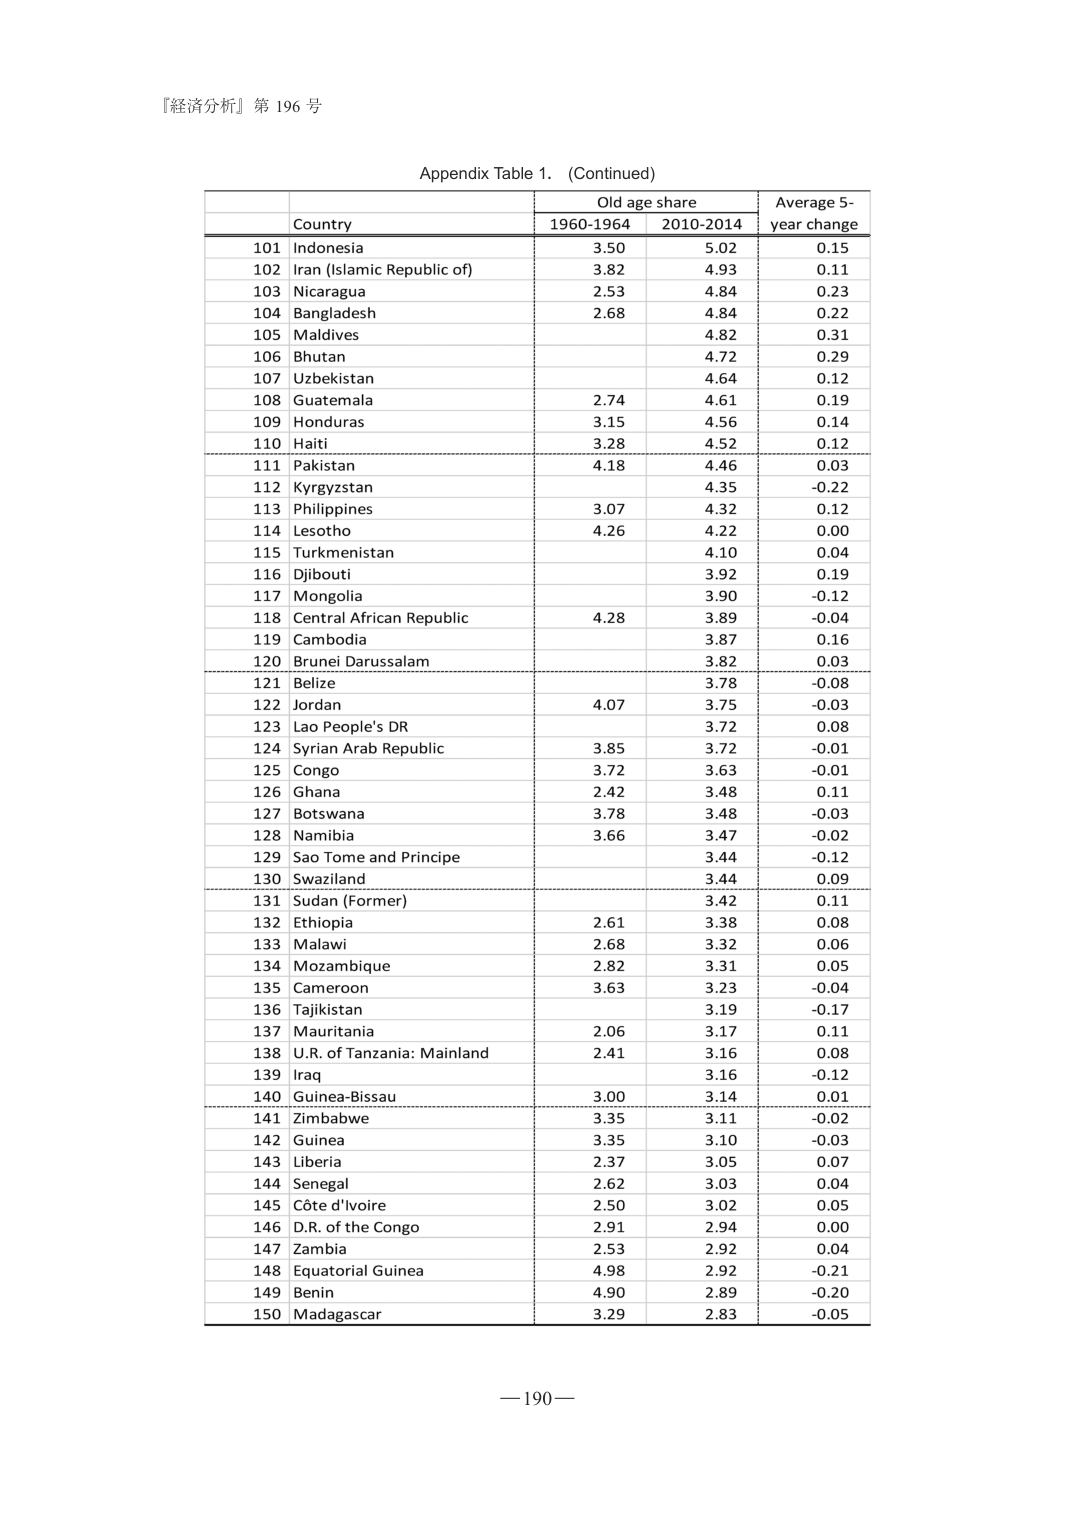
『経済分析』第 196 号

Appendix Table 1. (Continued)

| | Country | Old age share | Average 5-year change |
|---|---|---|---|
| | | 1960-1964 | 2010-2014 | |
| 101 | Indonesia | 3.50 | 5.02 | 0.15 |
| 102 | Iran (Islamic Republic of) | 3.82 | 4.93 | 0.11 |
| 103 | Nicaragua | 2.53 | 4.84 | 0.23 |
| 104 | Bangladesh | 2.68 | 4.84 | 0.22 |
| 105 | Maldives | | 4.82 | 0.31 |
| 106 | Bhutan | | 4.72 | 0.29 |
| 107 | Uzbekistan | | 4.64 | 0.12 |
| 108 | Guatemala | 2.74 | 4.61 | 0.19 |
| 109 | Honduras | 3.15 | 4.56 | 0.14 |
| 110 | Haiti | 3.28 | 4.52 | 0.12 |
| 111 | Pakistan | 4.18 | 4.46 | 0.03 |
| 112 | Kyrgyzstan | | 4.35 | -0.22 |
| 113 | Philippines | 3.07 | 4.32 | 0.12 |
| 114 | Lesotho | 4.26 | 4.22 | 0.00 |
| 115 | Turkmenistan | | 4.10 | 0.04 |
| 116 | Djibouti | | 3.92 | 0.19 |
| 117 | Mongolia | | 3.90 | -0.12 |
| 118 | Central African Republic | 4.28 | 3.89 | -0.04 |
| 119 | Cambodia | | 3.87 | 0.16 |
| 120 | Brunei Darussalam | | 3.82 | 0.03 |
| 121 | Belize | | 3.78 | -0.08 |
| 122 | Jordan | 4.07 | 3.75 | -0.03 |
| 123 | Lao People's DR | | 3.72 | 0.08 |
| 124 | Syrian Arab Republic | 3.85 | 3.72 | -0.01 |
| 125 | Congo | 3.72 | 3.63 | -0.01 |
| 126 | Ghana | 2.42 | 3.48 | 0.11 |
| 127 | Botswana | 3.78 | 3.48 | -0.03 |
| 128 | Namibia | 3.66 | 3.47 | -0.02 |
| 129 | Sao Tome and Principe | | 3.44 | -0.12 |
| 130 | Swaziland | | 3.44 | 0.09 |
| 131 | Sudan (Former) | | 3.42 | 0.11 |
| 132 | Ethiopia | 2.61 | 3.38 | 0.08 |
| 133 | Malawi | 2.68 | 3.32 | 0.06 |
| 134 | Mozambique | 2.82 | 3.31 | 0.05 |
| 135 | Cameroon | 3.63 | 3.23 | -0.04 |
| 136 | Tajikistan | | 3.19 | -0.17 |
| 137 | Mauritania | 2.06 | 3.17 | 0.11 |
| 138 | U.R. of Tanzania: Mainland | 2.41 | 3.16 | 0.08 |
| 139 | Iraq | | 3.16 | -0.12 |
| 140 | Guinea-Bissau | 3.00 | 3.14 | 0.01 |
| 141 | Zimbabwe | 3.35 | 3.11 | -0.02 |
| 142 | Guinea | 3.35 | 3.10 | -0.03 |
| 143 | Liberia | 2.37 | 3.05 | 0.07 |
| 144 | Senegal | 2.62 | 3.03 | 0.04 |
| 145 | Côte d'Ivoire | 2.50 | 3.02 | 0.05 |
| 146 | D.R. of the Congo | 2.91 | 2.94 | 0.00 |
| 147 | Zambia | 2.53 | 2.92 | 0.04 |
| 148 | Equatorial Guinea | 4.98 | 2.92 | -0.21 |
| 149 | Benin | 4.90 | 2.89 | -0.20 |
| 150 | Madagascar | 3.29 | 2.83 | -0.05 |

—190—